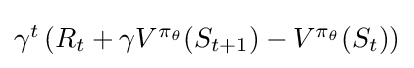
{\textstyle \gamma ^{t}\left(R_{t}+\gamma V^{\pi _{\theta }}(S_{t+1})-V^{\pi _{\theta }}(S_{t})\right)}